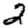
Digit: 2